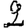
Digit: 2